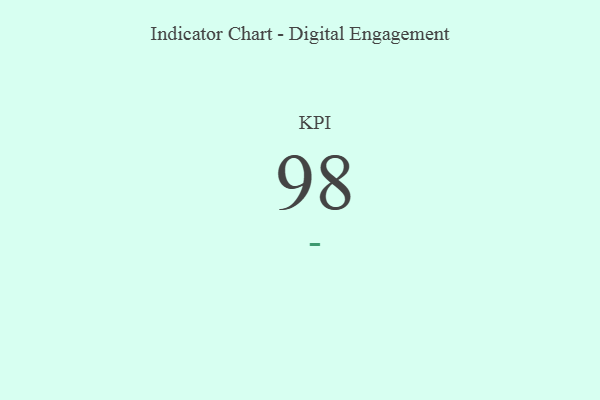
{"axis": {"x": "KPI", "y": "Value"}, "legend": [""], "data": [{"x": "KPI", "y": 98, "type": ""}]}